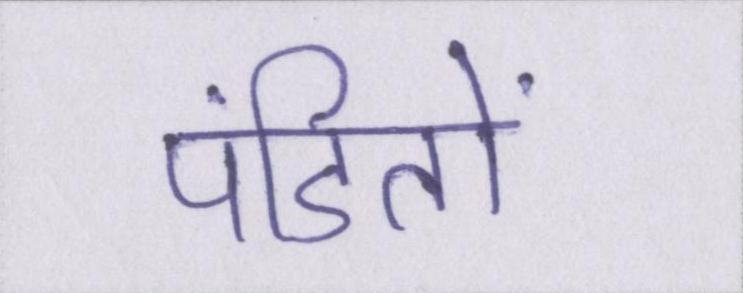
पंडितों